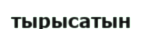
тырысатын